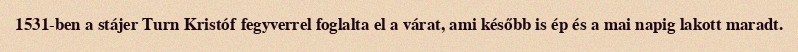
1531-ben a stájer Turn Kristóf fegyverrel foglalta el a várat, ami később is ép és a mai napig lakott maradt.